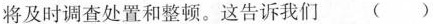
将及时调查处置和整顿。这告诉我们 ()